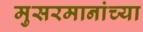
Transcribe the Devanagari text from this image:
मुसरमानांच्या